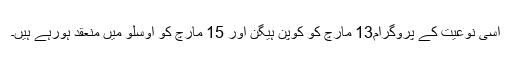
اسی نوعیت کے پروگرام13 مارچ کو کوپن ہیگن اور 15 مارچ کو اوسلو میں منعقد ہورہے ہیں۔